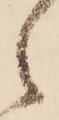
之